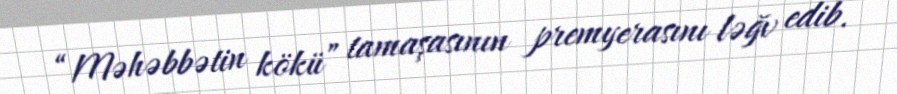
“Məhəbbətin kökü” tamaşasının premyerasını ləğv edib.